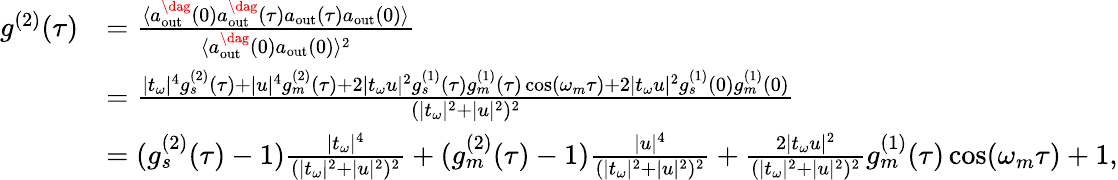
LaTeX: \begin{array}{rl}{g^{(2)}(\tau)}&{=\frac{\langle a_{\mathrm{{out}}}^{\dag}(0)a_{\mathrm{out}}^{\dag}(\tau)a_{\mathrm{{out}}}(\tau)a_{\mathrm{out}}(0)\rangle}{\langle a_{\mathrm{{out}}}^{\dag}(0)a_{\mathrm{out}}(0)\rangle^{2}}}\\ &{=\frac{|t_{\omega}|^{4}g_{s}^{(2)}(\tau)+|u|^{4}g_{m}^{(2)}(\tau)+2|t_{\omega}u|^{2}g_{s}^{(1)}(\tau)g_{m}^{(1)}(\tau)\cos(\omega_{m}\tau)+2|t_{\omega}u|^{2}g_{s}^{(1)}(0)g_{m}^{(1)}(0)}{(|t_{\omega}|^{2}+|u|^{2})^{2}}}\\ &{=(g_{s}^{(2)}(\tau)-1)\frac{|t_{\omega}|^{4}}{(|t_{\omega}|^{2}+|u|^{2})^{2}}+(g_{m}^{(2)}(\tau)-1)\frac{|u|^{4}}{(|t_{\omega}|^{2}+|u|^{2})^{2}}+\frac{2|t_{\omega}u|^{2}}{(|t_{\omega}|^{2}+|u|^{2})^{2}}g_{m}^{(1)}(\tau)\cos(\omega_{m}\tau)+1,}\end{array}